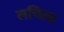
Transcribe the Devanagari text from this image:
लचिला